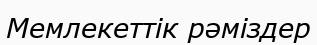
Мемлекеттік рәміздер